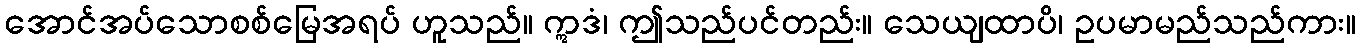
အောင်အပ်သောစစ်မြေအရပ် ဟူသည်။ ဣဒံ၊ ဤသည်ပင်တည်း။ သေယျထာပိ၊ ဥပမာမည်သည်ကား။